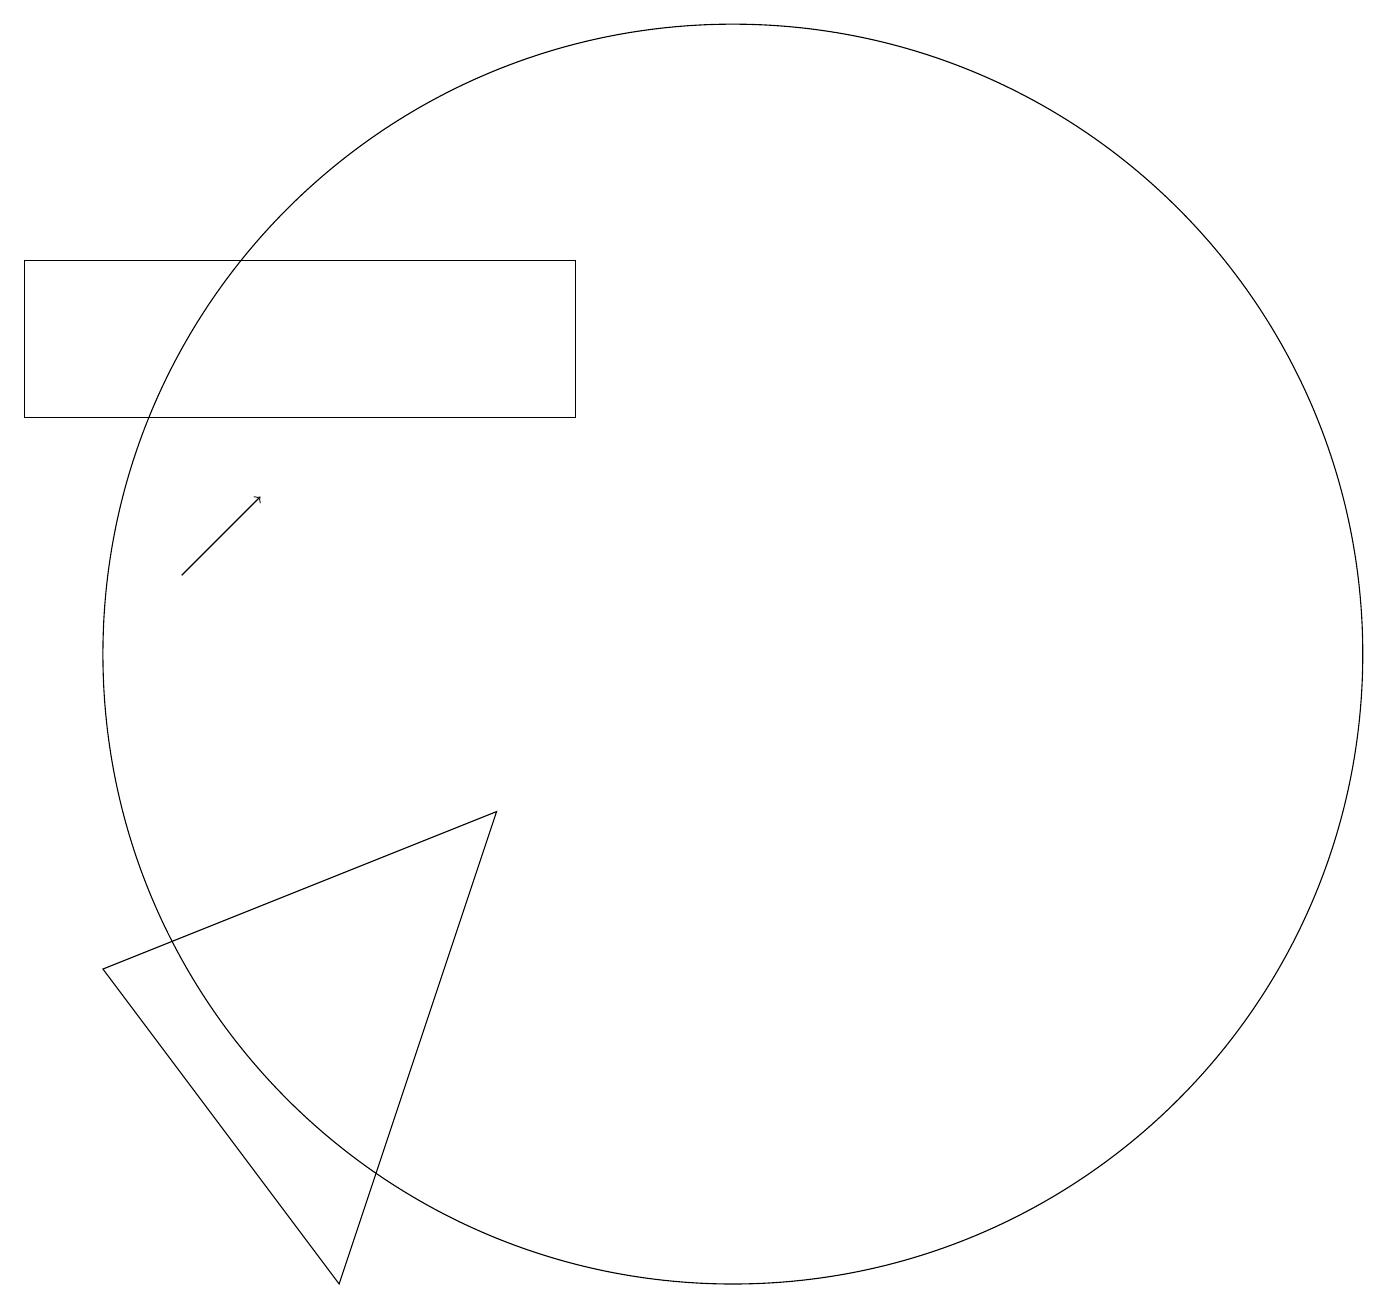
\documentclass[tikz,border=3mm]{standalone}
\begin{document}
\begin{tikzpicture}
\draw (3,7) -- (8,9) -- (6,3) -- cycle;
\draw[->] (4,12) -- (5,13);
\draw (2,14) rectangle (9,16);
\draw (11,11) circle (8);
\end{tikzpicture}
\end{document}